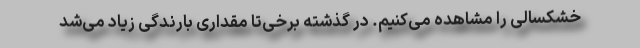
خشکسالی را مشاهده می‌کنیم. در گذشته برخی‌تا مقداری بارندگی زیاد می‌شد